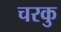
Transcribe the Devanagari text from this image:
चरकु